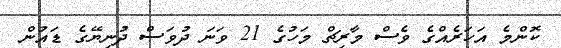
ކޮންމެ އަހަރެއްގެ ވެސް މާރިޗް މަހުގެ 21 ވަނަ ދުވަސް ދުނިޔޭގެ ޑައުން